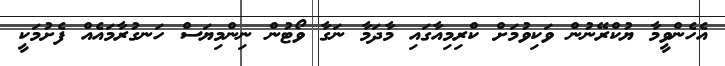
އެހެންވީމާ ޔުކްރޭނުން ވަކިވުމަށް ކްރިމިއާގައި މާދަމާ ނަގާ ވޯޓުން ނިންމިޔަސް ހަނގުރާމައެއް ފެށުމަކީ